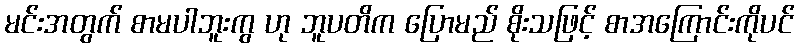
မင်းအတွက် စာမပါဘူးကွ ဟု ဘူပတိက ပြောမည် စိုးသဖြင့် စာအကြောင်းကိုပင်